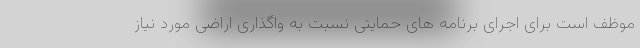
موظف است برای اجرای برنامه های حمایتی نسبت به واگذاری اراضی مورد نیاز